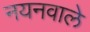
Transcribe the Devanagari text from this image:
नयनवाले